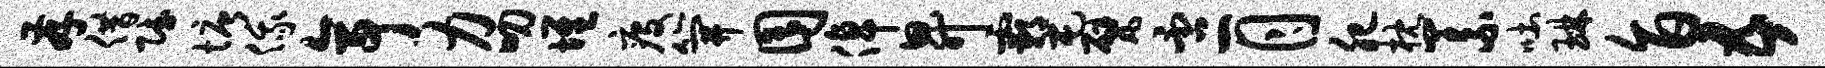
存借赋塘俄亭力叨堆疫笄囿倬升霸屯甓否一月肥枕义吐琳旨五